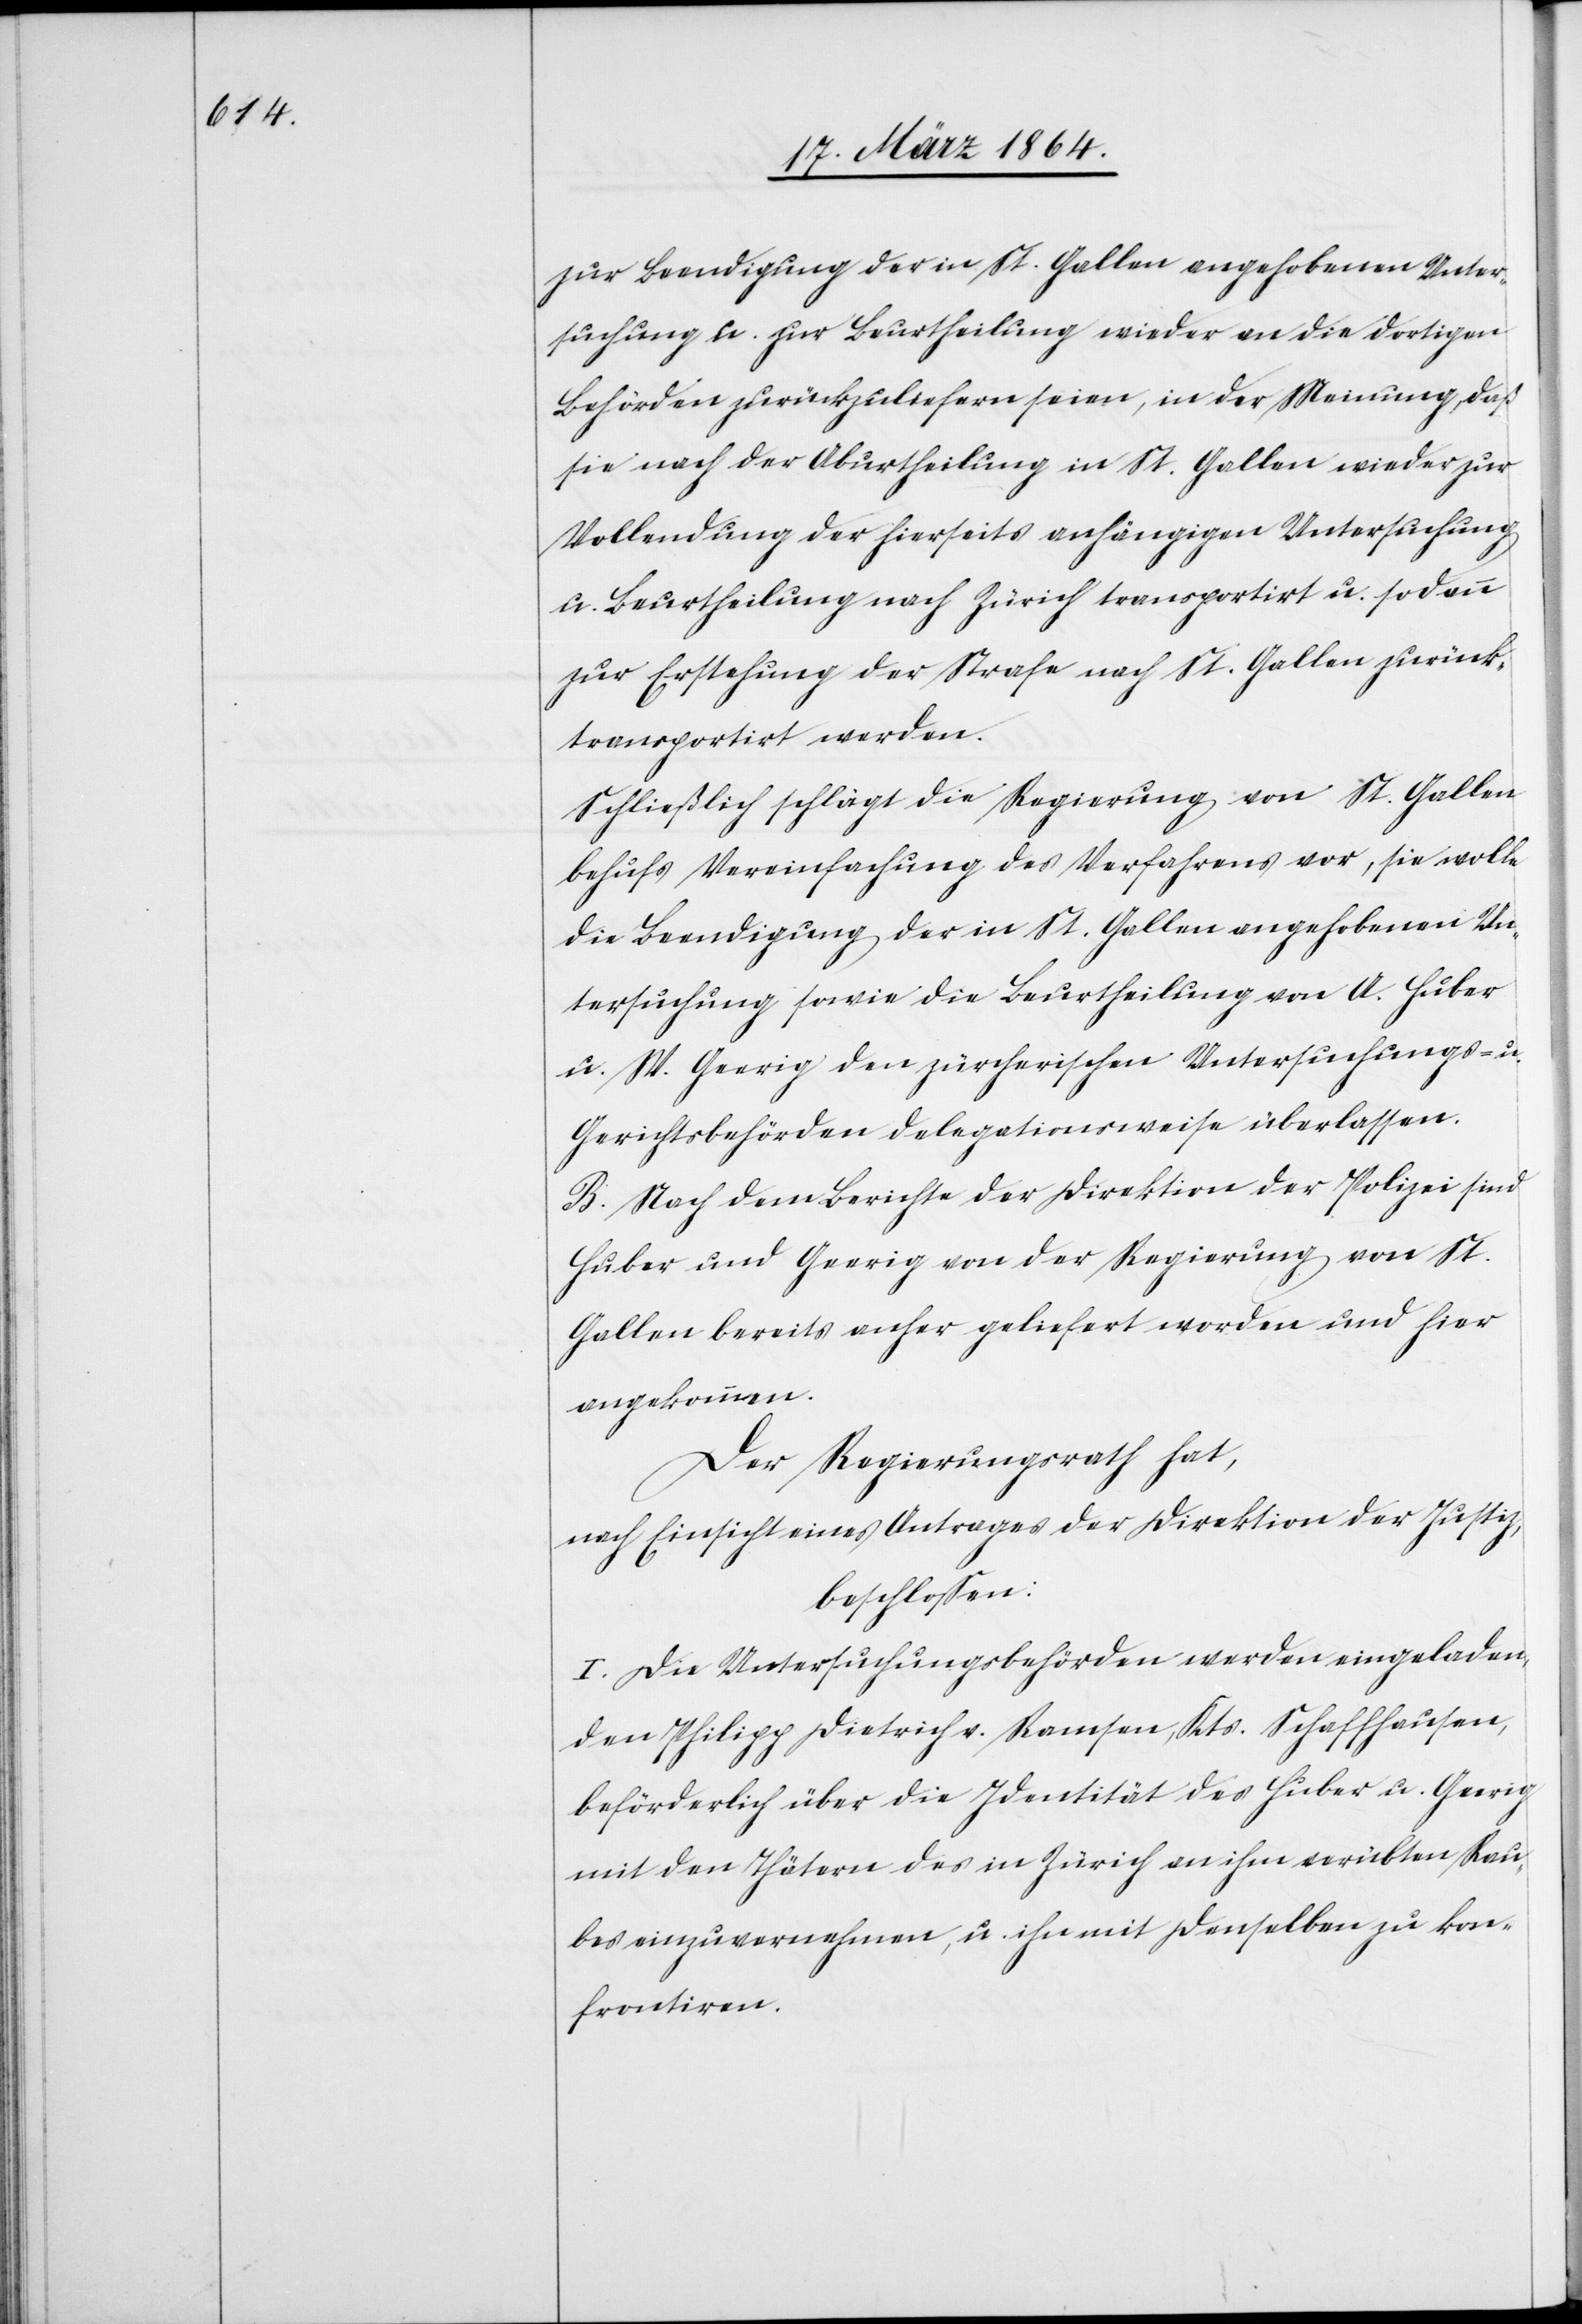
zur Beendigung der in St. Gallen angehobenen Unter¬
suchung u. zur Beurtheilung wieder an die dortigen
Behörden zurückzuliefern seien, in der Meinung, daß
sie nach der Aburtheilung in St. Gallen wieder zur
Vollendung der hierseits anhängigen Untersuchung
u. Beurtheilung nach Zürich transportirt u. sodann
zur Erstehung der Strafe nach St. Gallen zurück¬
transportirt werden.
Schließlich schlägt die Regierung von St. Gallen
behufs Vereinfachung des Verfahrens vor, sie wolle
die Beendigung der in St. Gallen angehobenen Un¬
tersuchung sowie die Beurtheilung von A. Huber
u. W. Geerig [sic!] den zürcherischen Untersuchungs- u.
Gerichtsbehörden delegationsweise überlassen.
B. Nach dem Berichte der Direktion der Polizei sind
Huber und Geerig von der Regierung von St.
Gallen bereits anher geliefert worden und hier
angekommen.
Der Regierungsrath hat,
nach Einsicht eines Antrages der Direktion der Justiz,
beschlossen:
I. Die Untersuchungsbehörden werden eingeladen,
den Philipp Dietrich v. Ramsen, Kts. Schaffhausen,
beförderlich über die Identität des Huber u. Geerig
mit den Thätern des in Zürich an ihm verübten Rau¬
bes einzuvernehmen, u. ihn mit denselben zu kon¬
frontiren.